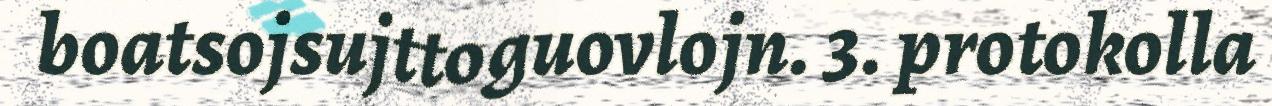
boatsojsujttoguovlojn. 3. protokolla